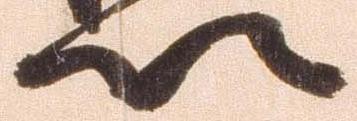
以